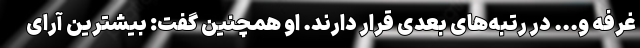
غرفه و... در رتبه‌های بعدی قرار دارند. او همچنین گفت: بیشترین آرای